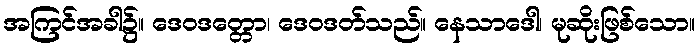
အကြင်အခါ၌။ ဒေဝဒတ္တော၊ ဒေဝဒတ်သည်။ နေသာဒေါ၊ မုဆိုးဖြစ်သော။